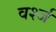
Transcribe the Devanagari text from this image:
वर्श्ज